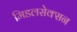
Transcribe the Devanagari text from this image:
मिडलसेक्सन